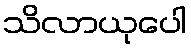
သိလာယုပေါ